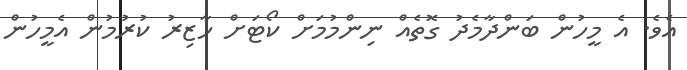
އެވެ. އެ މީހުން ބަންދާމެދު ގޮތެއް ނިންމުމަށް ކޯޓަށް ހާޒިރު ކުރުމުން އެމީހުން